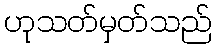
ဟုသတ်မှတ်သည်